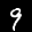
Label: 9